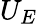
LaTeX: U_{E}